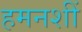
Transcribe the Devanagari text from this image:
हमनशीं